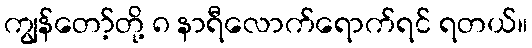
ကျွန်တော့်တို့ ၈ နာရီလောက်ရောက်ရင် ရတယ်။